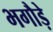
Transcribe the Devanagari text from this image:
भगौड़े